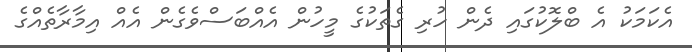
އެކަމަކު އެ ބްލޮކުގައި ދެން ހުރި ގެތަކުގެ މީހުން އެއްބަސްވެގެން އެއް އިމާރާތެއްގެ